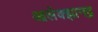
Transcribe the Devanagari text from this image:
आलेक्झानद्र